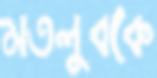
মতলুবকে